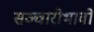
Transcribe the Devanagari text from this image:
सञ्चारीभावों